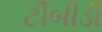
ટીબીડી